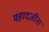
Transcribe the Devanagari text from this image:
महादजींना